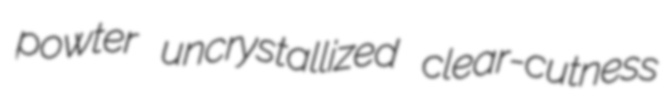
powter uncrystallized clear-cutness